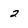
Character: 2